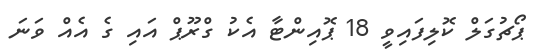
ޕޯޗުގަލް ކޮލިފައިވީ 18 ޕޮއިންޓާ އެކު ގްރޫޕް އައި ގެ އެއް ވަނަ